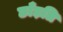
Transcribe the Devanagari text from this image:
छाँड़ति